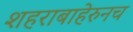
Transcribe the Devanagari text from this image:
शहराबाहेरुनच